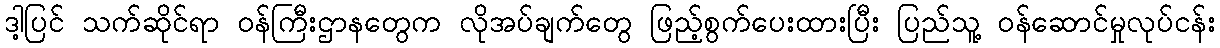
ဒါ့ပြင် သက်ဆိုင်ရာ ဝန်ကြီးဌာနတွေက လိုအပ်ချက်တွေ ဖြည့်စွက်ပေးထားပြီး ပြည်သူ့ ဝန်ဆောင်မှုလုပ်ငန်း